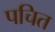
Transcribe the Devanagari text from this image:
पचित